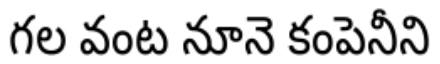
గల వంట నూనె కంపెనీని